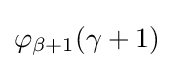
\varphi _{\beta +1}(\gamma +1)